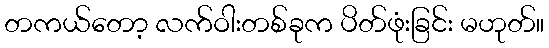
တကယ်တော့ လက်ဝါးတစ်ခုက ပိတ်ဖုံးခြင်း မဟုတ်။